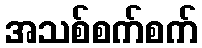
အသစ်စက်စက်